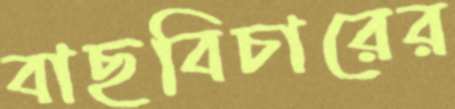
বাছবিচারের